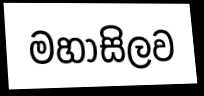
මහාසිලව